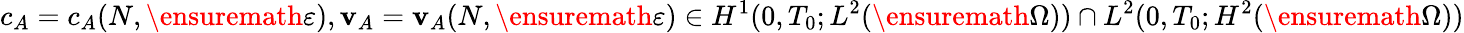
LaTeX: c_{A}=c_{A}(N,\ensuremath{\varepsilon}),\mathbf{v}_{A}=\mathbf{v}_{A}(N,\ensuremath{\varepsilon})\in H^{1}(0,T_{0};L^{2}(\ensuremath{\Omega}))\cap L^{2}(0,T_{0};H^{2}(\ensuremath{\Omega}))